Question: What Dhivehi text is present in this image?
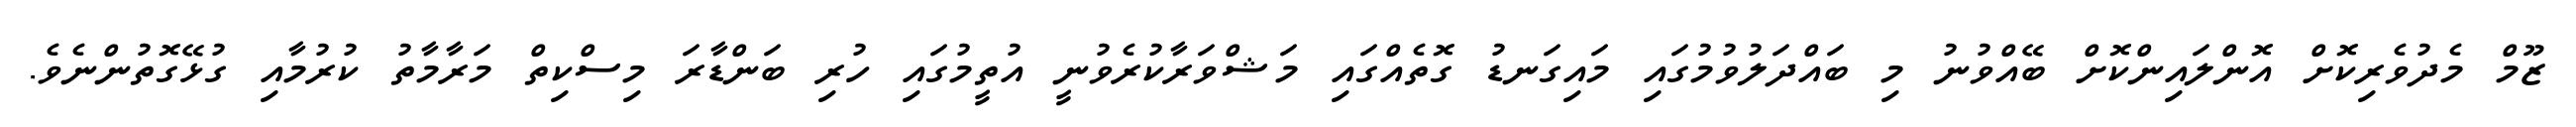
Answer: ޒޫމް މެދުވެރިކޮށް އޮންލައިންކޮށް ބޭއްވުނު މި ބައްދަލުވުމުގައި މައިގަނޑު ގޮތެއްގައި މަޝްވަރާކުރެވުނީ އުތީމުގައި ހުރި ބަންޑާރަ މިސްކިތް މަރާމާތު ކުރުމާއި ގުޅޭގޮތުންނެވެ.